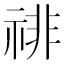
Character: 𰨅